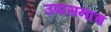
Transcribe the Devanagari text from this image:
उपासनाच